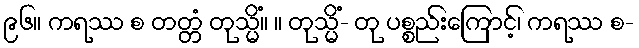
၉၆။ ကရဿ စ တတ္တံ တုသ္မိံ။ ။ တုသ္မိံ- တု ပစ္စည်းကြောင့်၊ ကရဿ စ-